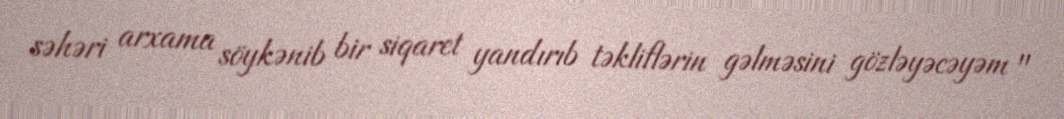
səhəri arxama söykənib bir siqaret yandırıb təkliflərin gəlməsini gözləyəcəyəm "